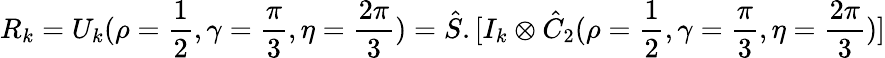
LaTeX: R_{k}=U_{k}(\rho=\frac{1}{2},\gamma=\frac{\pi}{3},\eta=\frac{2\pi}{3})=\hat{S}.[I_{k}\otimes\hat{C}_{2}(\rho=\frac{1}{2},\gamma=\frac{\pi}{3},\eta=\frac{2\pi}{3})]